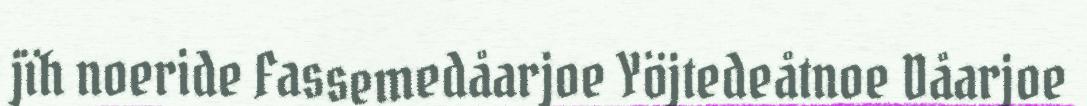
jïh noeride Fassemedåarjoe Yöjtedeåtnoe Dåarjoe